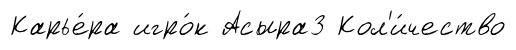
Карье́ра игро́к Асыра3 Кол'и́чество